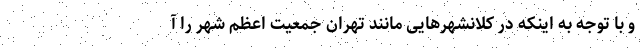
و با توجه به اینکه در کلانشهرهایی مانند تهران جمعیت اعظم شهر را آ